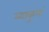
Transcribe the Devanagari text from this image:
व्याकुलं